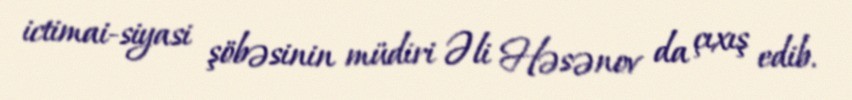
ictimai-siyasi şöbəsinin müdiri Əli Həsənov da çıxış edib.